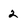
Character: 2